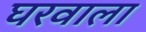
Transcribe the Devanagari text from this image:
घरवाला